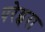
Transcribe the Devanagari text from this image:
परेइरा